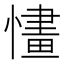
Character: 㦎